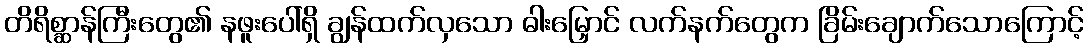
တိရိစ္ဆာန်ကြီးတွေ၏ နဖူးပေါ်ရှိ ချွန်ထက်လှသော ဓါးမြှောင် လက်နက်တွေက ခြိမ်းချောက်သောကြောင့်